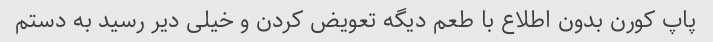
پاپ کورن بدون اطلاع با طعم دیگه تعویض کردن و خیلی دیر رسید به دستم